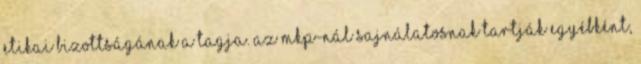
etikai bizottságának a tagja. Az MKP-nál sajnálatosnak tartják egyébként,